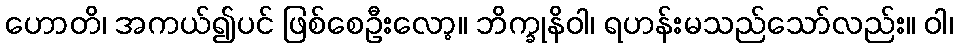
ဟောတိ၊ အကယ်၍ပင် ဖြစ်စေဦးလော့။ ဘိက္ခုနိဝါ၊ ရဟန်းမသည်သော်လည်း။ ဝါ၊